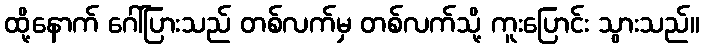
ထို့နောက် ဂေါ်ပြားသည် တစ်လက်မှ တစ်လက်သို့ ကူးပြောင်း သွားသည်။